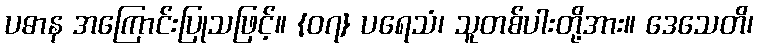
ပဓာန အကြောင်းပြုသဖြင့်။ {၀၇} ပရေသံ၊ သူတစ်ပါးတို့အား။ ဒေသေတိ၊